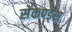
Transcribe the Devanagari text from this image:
सेकण्ड्स